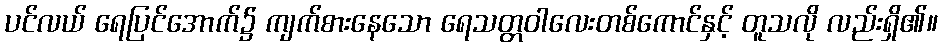
ပင်လယ် ရေပြင်အောက်၌ ကျက်စားနေသော ရေသတ္တဝါလေးတစ်ကောင်နှင့် တူသလို လည်းရှိ၏။